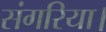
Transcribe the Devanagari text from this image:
संगरिया।